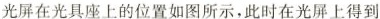
光屏在光具座上的位置如图所示，此时在光屏上得到